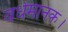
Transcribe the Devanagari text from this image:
वर्धमानक।